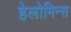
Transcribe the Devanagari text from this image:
हेलोमिन्स